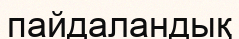
пайдаландық